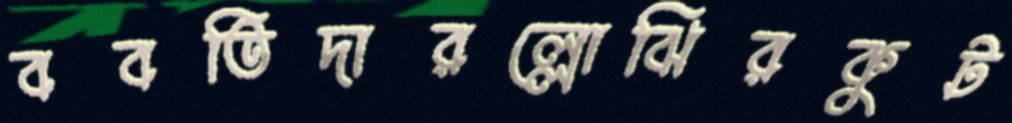
ববতিদারল্লোঝিরকুট